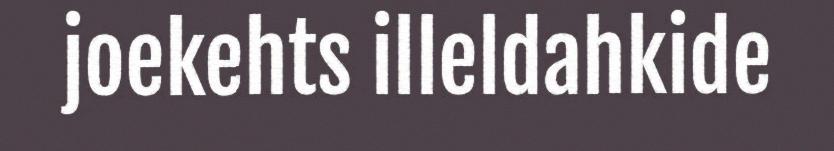
joekehts illeldahkide